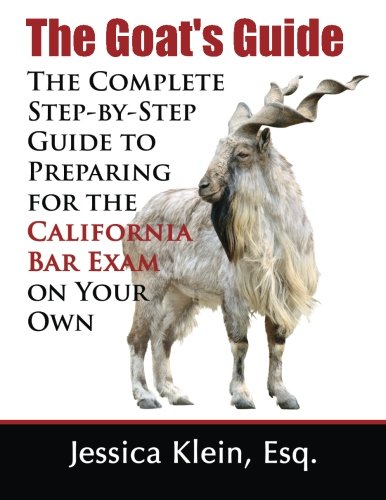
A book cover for The Goat's Guide: The Complete Step-by-Step Guide to Preparing for the California Bar Exam on Your Own; Jessica Klein; Test Preparation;